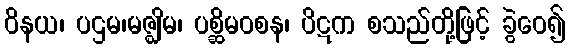
ဝိနယ၊ ပဌမ၊မဇ္ဈိမ၊ ပစ္ဆိမဝစန၊ ပိဋက စသည်တို့ဖြင့် ခွဲဝေ၍